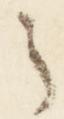
之